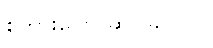
စကားပြော ဆင်ခြင် ပါ။